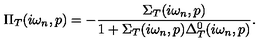
\Pi _ { T } ( i \omega _ { n } , p ) = - \frac { \Sigma _ { T } ( i \omega _ { n } , p ) } { 1 + \Sigma _ { T } ( i \omega _ { n } , p ) \Delta _ { T } ^ { 0 } ( i \omega _ { n } , p ) } .